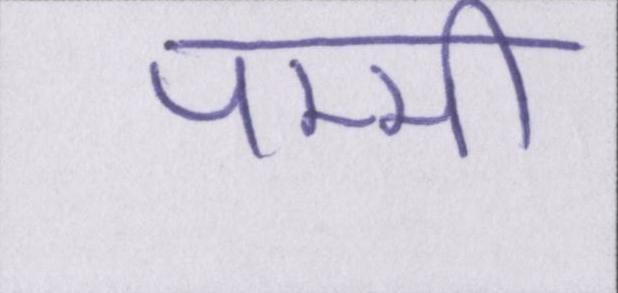
पम्मी